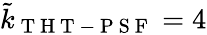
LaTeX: \tilde{k}_{\mathrm{~T~H~T~-~P~S~F~}}=4